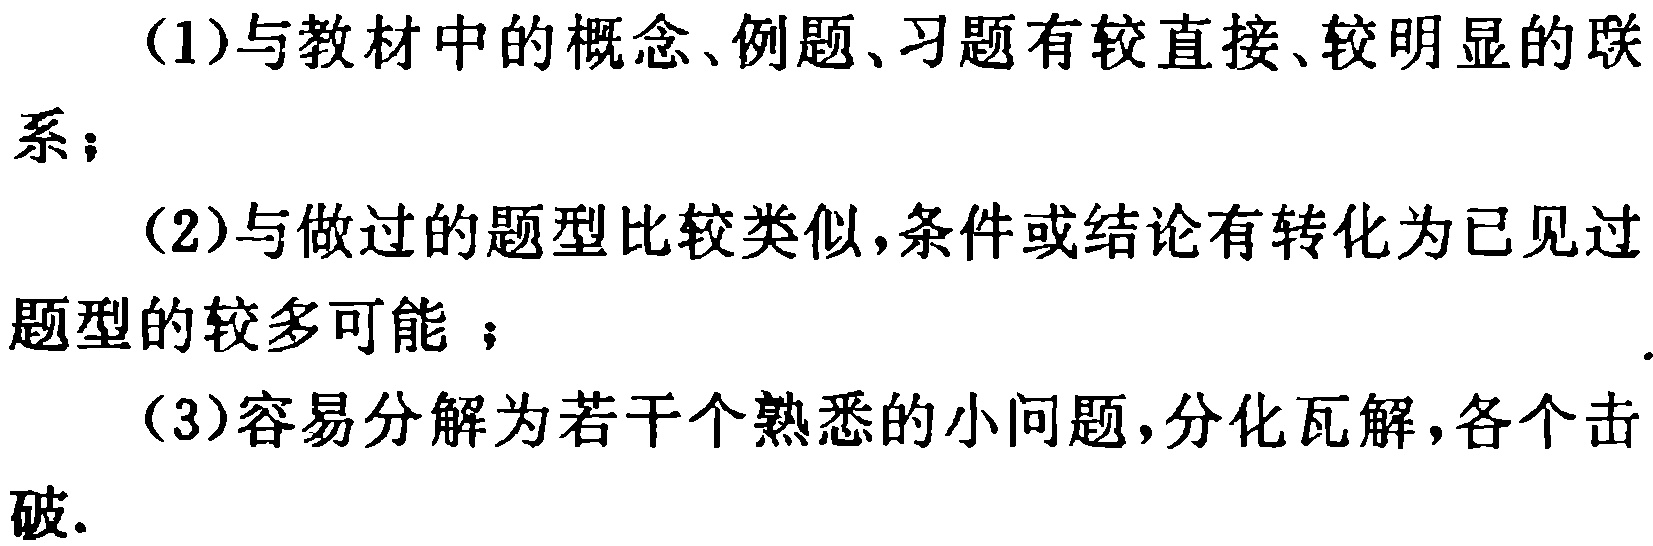
(1)与教材中的概念、例题、习题有较直接、较明显的联系；
(2)与做过的题型比较类似，条件或结论有转化为已见过题型的较多可能；
(3)容易分解为若干个熟悉的小问题，分化瓦解，各个击破.